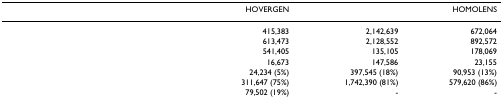
<table><thead><tr><td>[EMPTY_CELL]</td><td><b>HOVERGEN</b></td><td>[EMPTY_CELL]</td><td><b>HOMOLENS</b></td></tr></thead><tbody><tr><td>[EMPTY_CELL]</td><td>415,383</td><td>2,142,639</td><td>672,064</td></tr><tr><td>[EMPTY_CELL]</td><td>613,473</td><td>2,128,552</td><td>892,572</td></tr><tr><td>[EMPTY_CELL]</td><td>541,405</td><td>135,105</td><td>178,069</td></tr><tr><td>[EMPTY_CELL]</td><td>16,673</td><td>147,586</td><td>23,155</td></tr><tr><td>[EMPTY_CELL]</td><td>24,234 (5%)</td><td>397,545 (18%)</td><td>90,953 (13%)</td></tr><tr><td>[EMPTY_CELL]</td><td>311,647 (75%)</td><td>1,742,390 (81%)</td><td>579,620 (86%)</td></tr><tr><td>[EMPTY_CELL]</td><td>79,502 (19%)</td><td>-</td><td>-</td></tr></tbody></table>